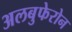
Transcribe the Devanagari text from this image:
अलबुफेरोन